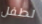
لطفل